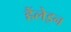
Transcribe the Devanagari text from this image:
हैंलेइन